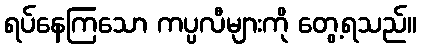
ရပ်နေကြသော ကပ္ပလီများကို တွေ့ရသည်။